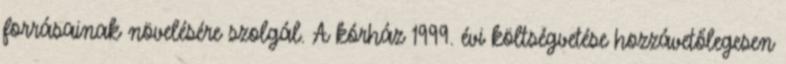
forrásainak növelésére szolgál. A kórház 1999. évi költségvetése hozzávetőlegesen